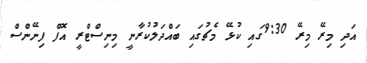
އަދި މިރޭ މިިރޭ 9:30ގައި ކުޅޭ މެޗުގައި ބައްދަލުކުރާނީ މިނިސްޓްރީ އޮފް ފިނޭންސް